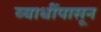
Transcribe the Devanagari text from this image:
व्याधींपासून